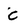
Character: c